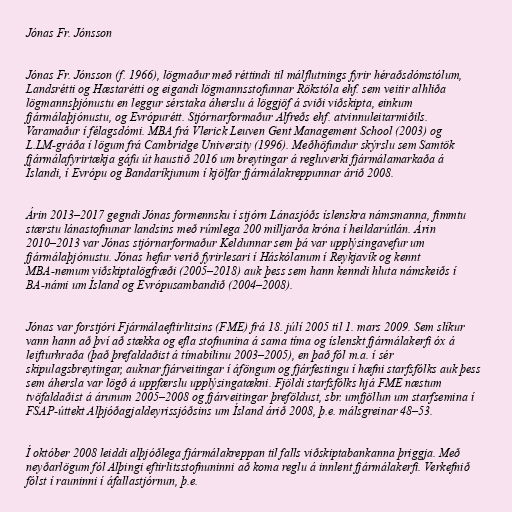
Jónas Fr. Jónsson

Jónas Fr. Jónsson (f. 1966), lögmaður með réttindi til málflutnings fyrir héraðsdómstólum,
Landsrétti og Hæstarétti og eigandi lögmannsstofunnar Rökstóla ehf. sem veitir alhliða
lögmannsþjónustu en leggur sérstaka áherslu á löggjöf á sviði viðskipta, einkum
fjármálaþjónustu, og Evrópurétt. Stjórnarformaður Alfreðs ehf. atvinnuleitarmiðils.
Varamaður í félagsdómi. MBA frá Vlerick Leuven Gent Management School (2003) og
L.LM-gráða í lögum frá Cambridge University (1996). Meðhöfundur skýrslu sem Samtök
fjármálafyrirtækja gáfu út haustið 2016 um breytingar á regluverki fjármálamarkaða á
Íslandi, í Evrópu og Bandaríkjunum í kjölfar fjármálakreppunnar árið 2008.

Árin 2013–2017 gegndi Jónas formennsku í stjórn Lánasjóðs íslenskra námsmanna, fimmtu
stærstu lánastofnunar landsins með rúmlega 200 milljarða króna í heildarútlán. Árin
2010–2013 var Jónas stjórnarformaður Keldunnar sem þá var upplýsingavefur um
fjármálaþjónustu. Jónas hefur verið fyrirlesari í Háskólanum í Reykjavík og kennt
MBA-nemum viðskiptalögfræði (2005–2018) auk þess sem hann kenndi hluta námskeiðs í
BA-námi um Ísland og Evrópusambandið (2004–2008).

Jónas var forstjóri Fjármálaeftirlitsins (FME) frá 18. júlí 2005 til 1. mars 2009. Sem slíkur
vann hann að því að stækka og efla stofnunina á sama tíma og íslenskt fjármálakerfi óx á
leifturhraða (það þrefaldaðist á tímabilinu 2003–2005), en það fól m.a. í sér
skipulagsbreytingar, auknar fjárveitingar í áföngum og fjárfestingu í hæfni starfsfólks auk þess
sem áhersla var lögð á uppfærslu upplýsingatækni. Fjöldi starfsfólks hjá FME næstum
tvöfaldaðist á árunum 2005–2008 og fjárveitingar þreföldust, sbr. umfjöllun um starfsemina í
FSAP-úttekt Alþjóðagjaldeyrissjóðsins um Ísland árið 2008, þ.e. málsgreinar 48–53.

Í október 2008 leiddi alþjóðlega fjármálakreppan til falls viðskiptabankanna þriggja. Með
neyðarlögum fól Alþingi eftirlitsstofnuninni að koma reglu á innlent fjármálakerfi. Verkefnið
fólst í rauninni í áfallastjórnun, þ.e.